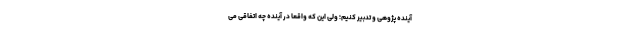
آینده پژوهی و تدبیر کنیم؛ ولی این که واقعاً در آینده چه اتفاقی می